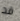
قد